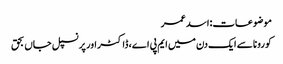
موضوعات:اسد عمر
کورونا سے ایک دن میں ایم پی اے، ڈاکٹر اور پرنسپل جاں بحق